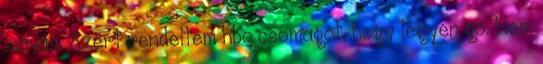
szívás. Azért rendeltem hbo csomagot, hogy legyen go. Nem